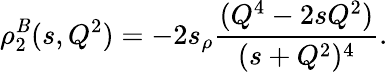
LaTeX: \rho_{2}^{\mathit{B}}(s,Q^{2})=-2s_{\rho}\frac{{(Q^{4}-2sQ^{2})}}{{(s+Q^{2})^{4}}}.